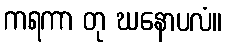
ကရကာ တု ဃနောပလံ။